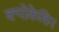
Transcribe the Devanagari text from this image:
क्योकेशिन